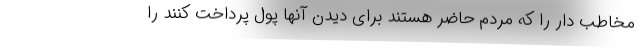
مخاطب دار را که مردم حاضر هستند برای دیدن آنها پول پرداخت کنند را